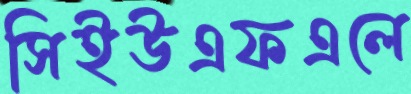
সিইউএফএলে